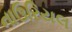
નાઉરિયલ